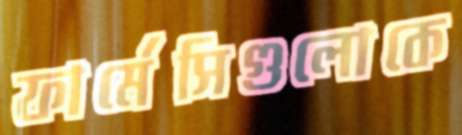
ফার্মেসিগুলোকে